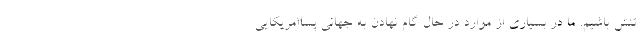
تنش باشیم. ما در بسیاری از موارد در حال گام نهادن به جهانی پساامریکایی